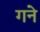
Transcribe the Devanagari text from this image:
गने